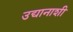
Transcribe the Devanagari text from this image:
उद्यानाशी